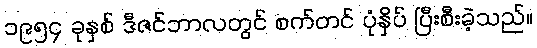
၁၉၅၄ ခုနှစ် ဒီဇင်ဘာလတွင် စက်တင် ပုံနှိပ် ပြီးစီးခဲ့သည်။